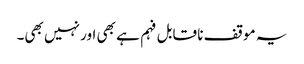
یہ موقف نا قابل فہم ہے بھی اور نہیں بھی۔